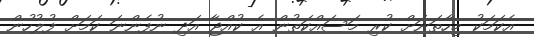
އެކަމަކު މިހާތަނަށް ކުރި މަސައްކަތުން އެ ކުއްޖާ އަދި ނުފެންނަ ކަމަށް ފުލުހުން